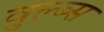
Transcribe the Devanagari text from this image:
वुल्ब्स